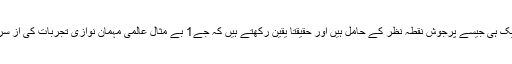
ہم زندگی اور کاروبار پر ایک ہی جیسے پرجوش نقطہ نظر کے حامل ہیں اور حقیقتاً یقین رکھتے ہیں کہ جے1 بے مثال عالمی مہمان نوازی تجربات کی از سر نو تعریف متعین کرے گا۔